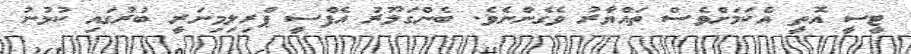
ޓީސީ އޮތީ އެކަމަށްވެސް ތައްޔާރު ވެގެންނެވެ. ބެންގަލޫރު އެފްސީ ޕްރިލިމިނަރީ ބުރުގައި ކުޅުނު